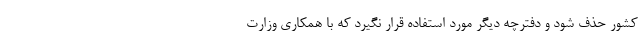
کشور حذف شود و دفترچه دیگر مورد استفاده قرار نگیرد که با همکاری وزارت